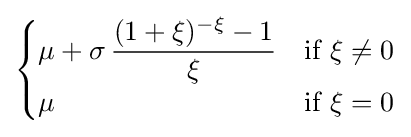
{\begin{cases}\mu +\sigma \,{\dfrac {(1+\xi )^{-\xi }-1}{\xi }}&{\text{if }}\xi \neq 0\\\mu &{\text{if }}\xi =0\end{cases}}